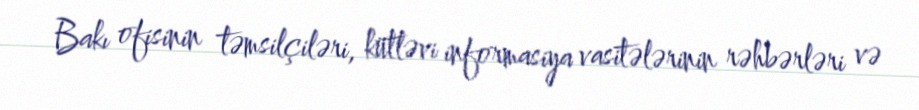
Bakı ofisinin təmsilçiləri, kütləvi informasiya vasitələrinin rəhbərləri və